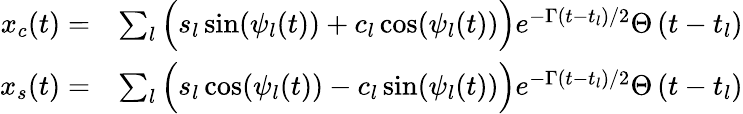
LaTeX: \begin{array}{rl}{x_{c}(t)=}&{\sum_{l}\Big(s_{l}\sin(\psi_{l}(t))+c_{l}\cos(\psi_{l}(t))\Big)e^{-\Gamma\left(t-t_{l}\right)/2}\Theta\left(t-t_{l}\right)}\\ {x_{s}(t)=}&{\sum_{l}\Big(s_{l}\cos(\psi_{l}(t))-c_{l}\sin(\psi_{l}(t))\Big)e^{-\Gamma\left(t-t_{l}\right)/2}\Theta\left(t-t_{l}\right)}\end{array}